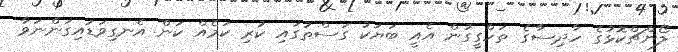
ލޯންޗްކޮޅުގެ ހާދިސާގެ ތަހްގީގުން އެއީ ބަޔަކު ގަސްތުގައި ކުރި ކަމެއް ކަން އެނގިވަޑައިގަންނަވާ